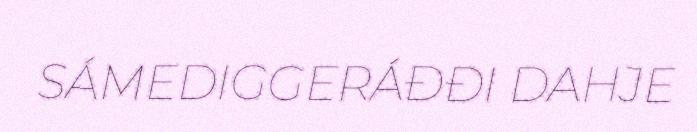
SÁMEDIGGERÁĐĐI DAHJE